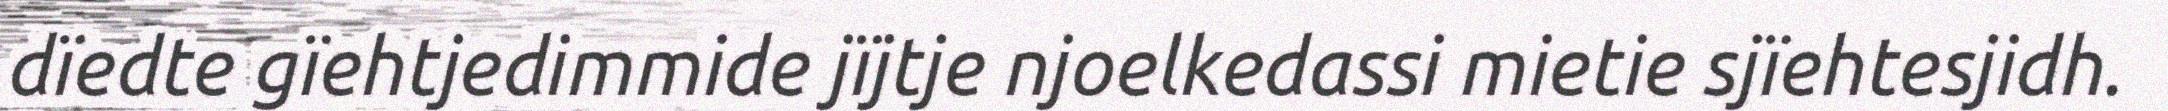
dïedte gïehtjedimmide jïjtje njoelkedassi mietie sjïehtesjidh.